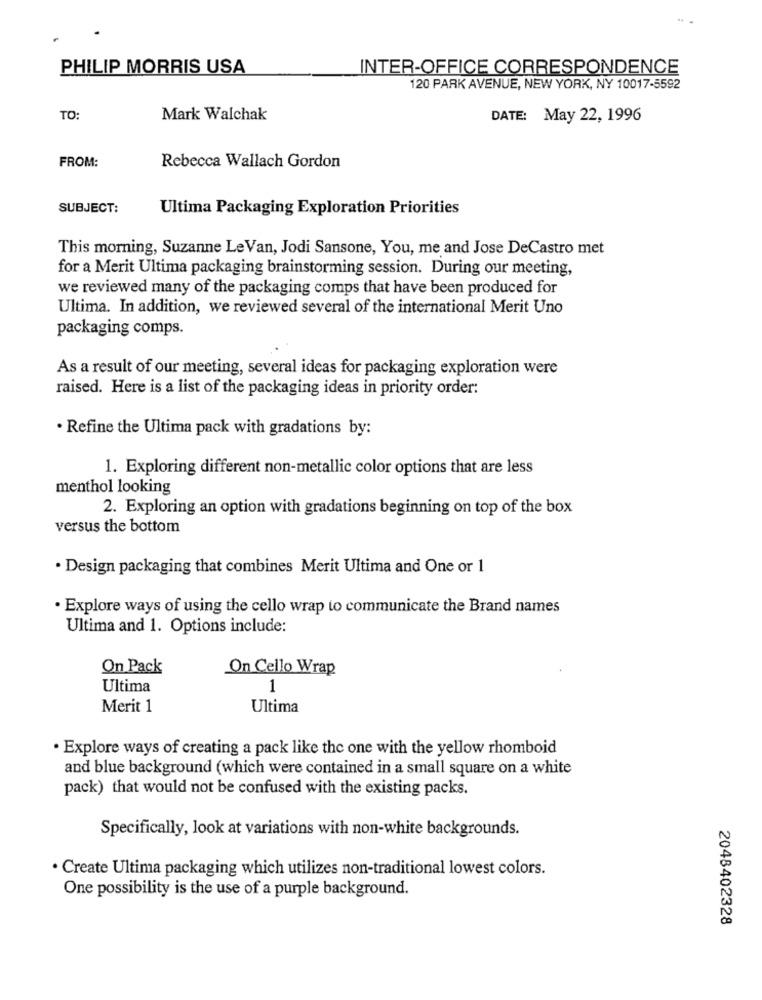
PHILIP MORRIS USA
INTER-OFFICE CORRESPONDENCE
120 PARK AVENUE, NEW YORK, NY 10017-5592
TO:
Mark Walchak
DATE: May 22, 1996
FROM:
Rebecca Wallach Gordon
SUBJECT:
Ultima Packaging Exploration Priorities
This morning, Suzanne LeVan, Jodi Sansone, You, me and Jose DeCastro met
for a Merit Ultima packaging brainstorming session. During our meeting,
we reviewed many of the packaging comps that have been produced for
Ultima. In addition, we reviewed several of the international Merit Uno
packaging comps.
As a result of our meeting, several ideas for packaging exploration were
raised. Here is a list of the packaging ideas in priority order:
. Refine the Ultima pack with gradations by:
1. Exploring different non-metallic color options that are less
menthol looking
2. Exploring an option with gradations beginning on top of the box
versus the bottom
· Design packaging that combines Merit Ultima and One or 1
· Explore ways of using the cello wrap to communicate the Brand names
Ultima and 1. Options include:
On Pack
On Cello Wrap
Ultima
1
Merit 1
Ultima
. Explore ways of creating a pack like the one with the yellow rhomboid
and blue background (which were contained in a small square on a white
pack) that would not be confused with the existing packs.
Specifically, look at variations with non-white backgrounds.
· Create Ultima packaging which utilizes non-traditional lowest colors.
One possibility is the use of a purple background.
2048402328